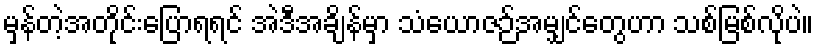
မှန်တဲ့အတိုင်းပြောရရင် အဲဒီအချိန်မှာ သံယောဇဉ်အမျှင်တွေဟာ သစ်မြစ်လိုပဲ။